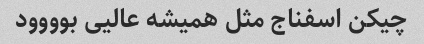
چیکن اسفناج مثل همیشه عالیی بوووود